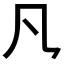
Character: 𪛝